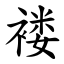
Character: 褛